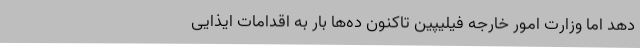
دهد اما وزارت امور خارجه فیلیپین تاکنون ده‌ها بار به اقدامات ایذایی